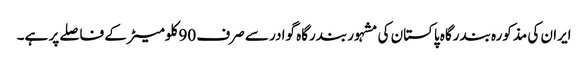
ایران کی مذکورہ بندرگاہ پاکستان کی مشہور بندرگاہ گوادر سے صرف 90 کلومیٹر کے فاصلے پر ہے۔